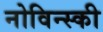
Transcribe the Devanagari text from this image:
नोविन्स्की